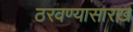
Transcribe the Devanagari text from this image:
ठरवण्यासारख